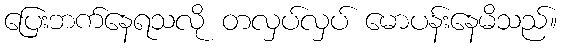
ပြေးဘက်နေရသလို တလှပ်လှပ် မောပန်းနေမိသည်။